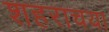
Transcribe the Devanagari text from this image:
शहराचया